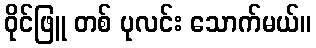
ဝိုင်ဖြူ တစ် ပုလင်း သောက်မယ်။